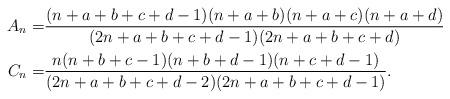
LaTeX: \begin{align*} A_n =& \frac{(n+a+b+c+d-1)(n+a+b)(n+a+c)(n+a+d)}{(2n+a+b+c+d-1)(2n+a+b+c+d)} \\ C_n =& \frac{n(n+b+c-1)(n+b+d-1)(n+c+d-1)}{(2n+a+b+c+d-2)(2n+a+b+c+d-1)}. \end{align*}